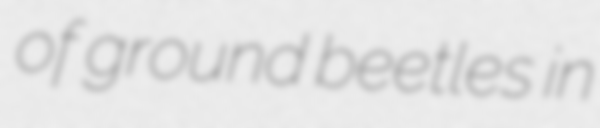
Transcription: of ground beetles in